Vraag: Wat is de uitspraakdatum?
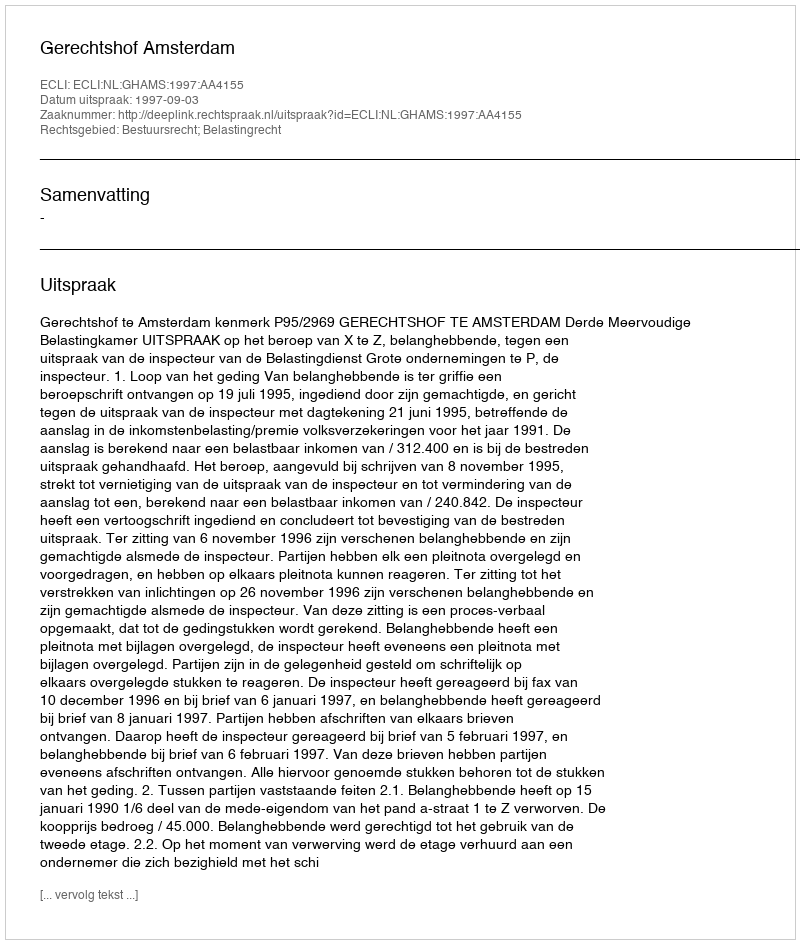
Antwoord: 1997-09-03